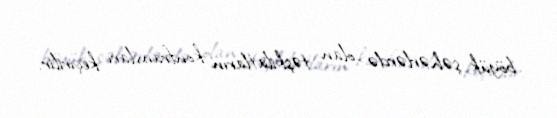
böyük şəhərlərdə olan təşkilatların konfransları keçirilir.